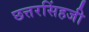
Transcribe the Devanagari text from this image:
छत्तरसिंहजी